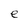
Character: e